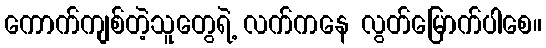
ကောက်ကျစ်တဲ့သူတွေရဲ့ လက်ကနေ လွတ်မြောက်ပါစေ။